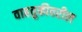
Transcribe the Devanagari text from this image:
वाहतुकीवरील